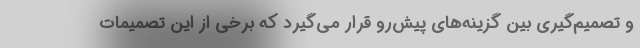
و تصمیم‌گیری بین گزینه‌های پیش‌رو قرار می‌گیرد که برخی از این تصمیمات